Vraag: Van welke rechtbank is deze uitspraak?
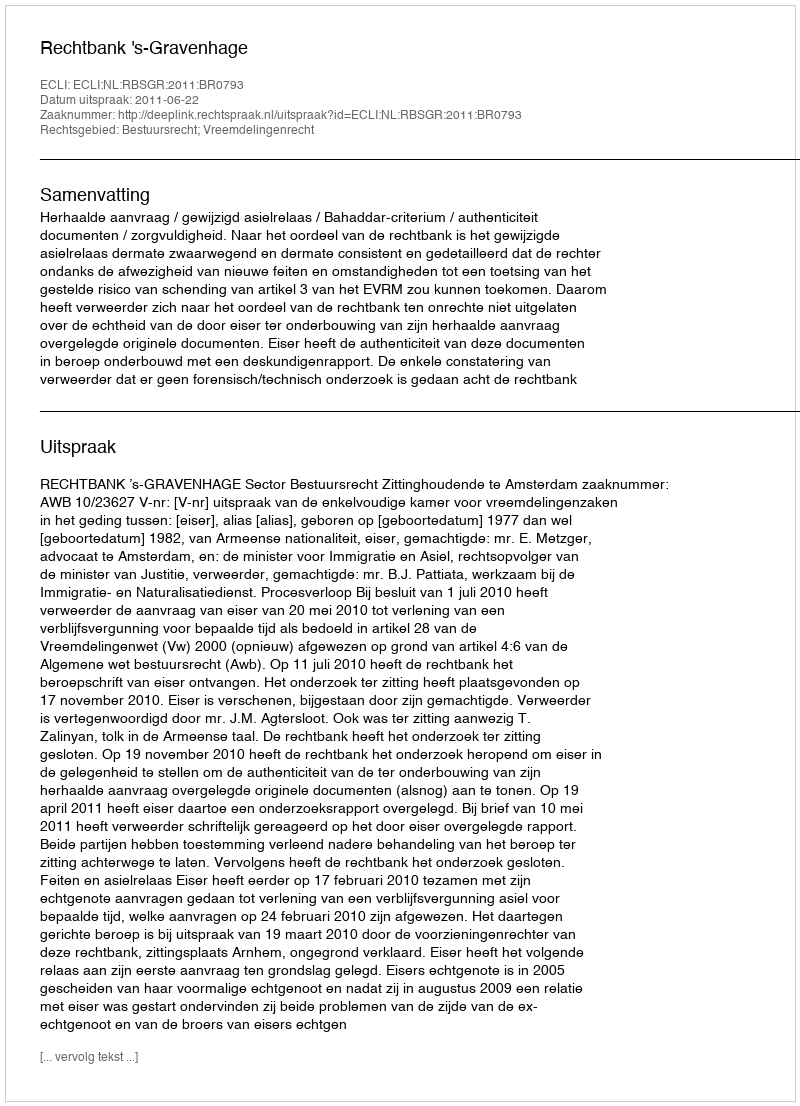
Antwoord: Rechtbank 's-Gravenhage